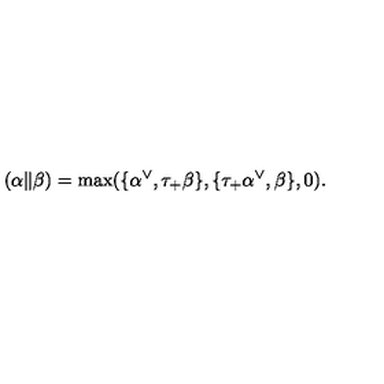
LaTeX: ( \alpha \| \beta ) = \max ( \{ \alpha ^ { \vee } , \tau _ { + } \beta \} , \{ \tau _ { + } \alpha ^ { \vee } , \beta \} , 0 ) .